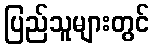
ပြည်သူများတွင်